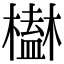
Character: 𣝒